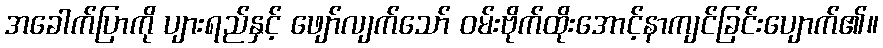
အခေါက်ပြာကို ပျားရည်နှင့် ဖျော်လျက်သော် ဝမ်းဗိုက်ထိုးအောင့်နာကျင်ခြင်းပျောက်၏။